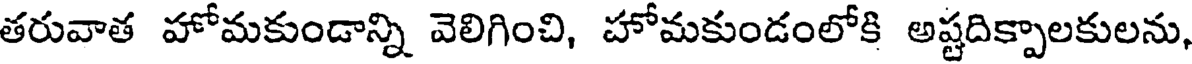
తరువాత హోమకుండాన్ని వెలిగించి, హోమకుండంలోకి అష్టదిక్పాలకులను,